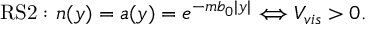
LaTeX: \mathrm { R S 2 : } \mathrm { ~ } n ( y ) = a ( y ) = e ^ { - m b _ { 0 } | y | } \Longleftrightarrow V _ { v i s } > 0 .